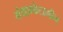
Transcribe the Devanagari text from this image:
मेथाम्फेटामीन